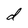
Character: d